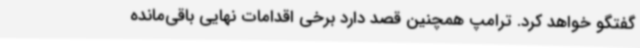
گفتگو خواهد کرد. ترامپ همچنین قصد دارد برخی اقدامات نهایی باقی‌مانده